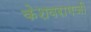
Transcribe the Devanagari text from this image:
केशवरामजी